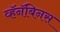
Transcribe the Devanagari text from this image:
व्हॅनॅबिनस